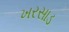
ખરસાડ